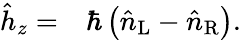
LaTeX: \begin{array}{rl}{\hat{h}_{z}=}&{{}\hbar\left(\hat{n}_{\mathrm{L}}-\hat{n}_{\mathrm{R}}\right).}\end{array}